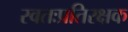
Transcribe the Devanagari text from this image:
स्वतःप्रतिरक्षक